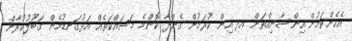
އެހެންކަމުން އިންސާނިއްތަށް އދ އިން ކުރަމުން ގެންދާ ކޮންމެ މަސައްކަތެެއް އަޅުގަނޑުމެން ގަބޫލުކުރާން